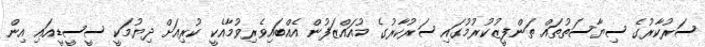
ސަރުކާރުގެ ސިޔާސަތުތައް ތަންފީޒުކުރުމުގައި ސަރުކާރުގެ މުއައްޒަފުން އެއްބައިވެރިވުމާއެކީ ކުރިއަށް ދިޔުމަކީ ސީސީޑީއައި އިން